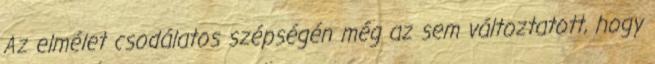
Az elmélet csodálatos szépségén még az sem változtatott, hogy